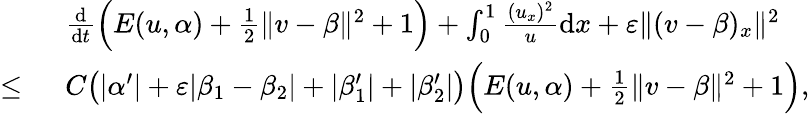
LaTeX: \begin{array}{rl}&{\frac{\mathrm{d}}{\mathrm{d}t}\Big(E(u,\alpha)+\frac 12\| v-\beta\| ^{2}+1\Big)+\int_{0}^{1}\frac{(u_{x})^{2}}{u}\mathrm{d}x+\varepsilon\| (v-\beta)_{x}\| ^{2}}\\ {\le\ }&{C\big(|\alpha^{\prime}|+\varepsilon|\beta_{1}-\beta_{2}|+|\beta_{1}^{\prime}|+|\beta_{2}^{\prime}|\big)\Big(E(u,\alpha)+\frac 12\| v-\beta\| ^{2}+1\Big),}\end{array}